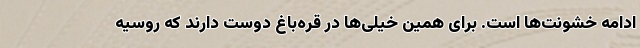
ادامه خشونت‌ها است. برای همین خیلی‌ها در قره‌باغ دوست دارند که روسیه